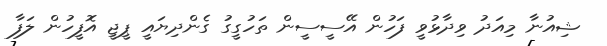
ޝިއުނާ މިއަދު ވިދާޅުވީ ފަހުން އޭސީސީން ތަހުގީގު ގެންދިޔައީ ޕީޖީ އޮފީހުން ލަފާ